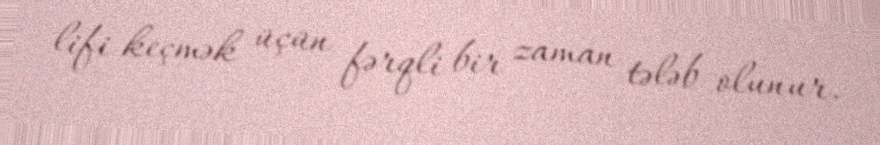
lifi keçmək üçün fərqli bir zaman tələb olunur.